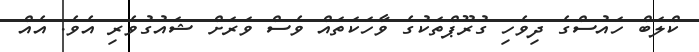
ކްލަބް ހައުސްގެ ދިވެހި ގުރޫޕްތަކުގެ ވާހަކަތައް ވެސް ވަރަށް ޝައުގުވެރި އެވެ. އެއް